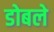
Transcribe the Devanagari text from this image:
डोबले